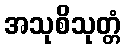
အသုစိသုတ္တံ